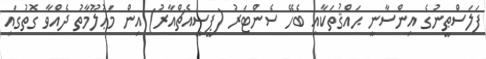
ފަލަސްޠީނުގެ އިންސާނީ ޙައްޤުތަކާއި ބެހޭ ސެންޓަރު (ޕީސީއެޗްއާރު) އިން މަޢުލޫމާތު ދެއްވާ ގޮތުގައި